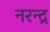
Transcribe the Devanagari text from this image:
नरन्द्र